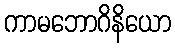
ကာမဘောဂိနိယော